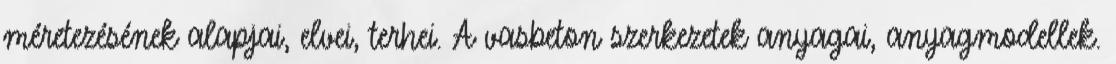
méretezésének alapjai, elvei, terhei. A vasbeton szerkezetek anyagai, anyagmodellek.